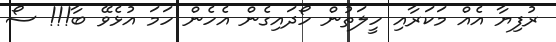
ރުފިޔާ އެއް މަކަރާއި ހީލަތުން ހޯދައިގެން އެހެން ހަމަ އުޅެވޭ ބާ!!! ސޯ